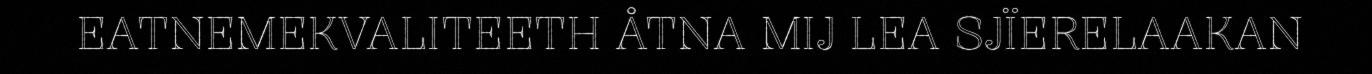
EATNEMEKVALITEETH ÅTNA MIJ LEA SJÏERELAAKAN